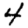
Digit: 4